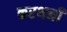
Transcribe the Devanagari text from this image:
करथनी